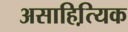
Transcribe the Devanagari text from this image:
असाहित्यि़क